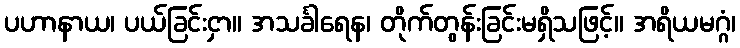
ပဟာနာယ၊ ပယ်ခြင်းငှာ။ အသင်္ခါရေန၊ တိုက်တွန်းခြင်းမရှိသဖြင့်။ အရိယမဂ္ဂံ၊